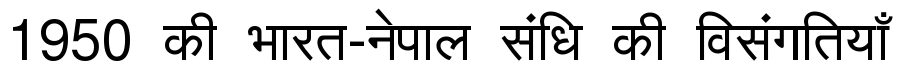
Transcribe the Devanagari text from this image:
1950 की भारत-नेपाल संधि की विसंगतियाँ